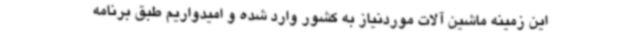
این زمینه ماشین آلات موردنیاز به کشور وارد شده و امیدواریم طبق برنامه